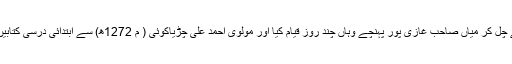
پٹنہ سے چل کر میاں صاحب غازی پور پہنچے وہاں چند روز قیام کیا اور مولوی احمد علی چڑیاکوئی ( م 1272ھ) سے ابتدائی درسی کتابیں پڑھیں۔